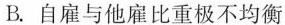
B.自雇与他雇比重极不均衡